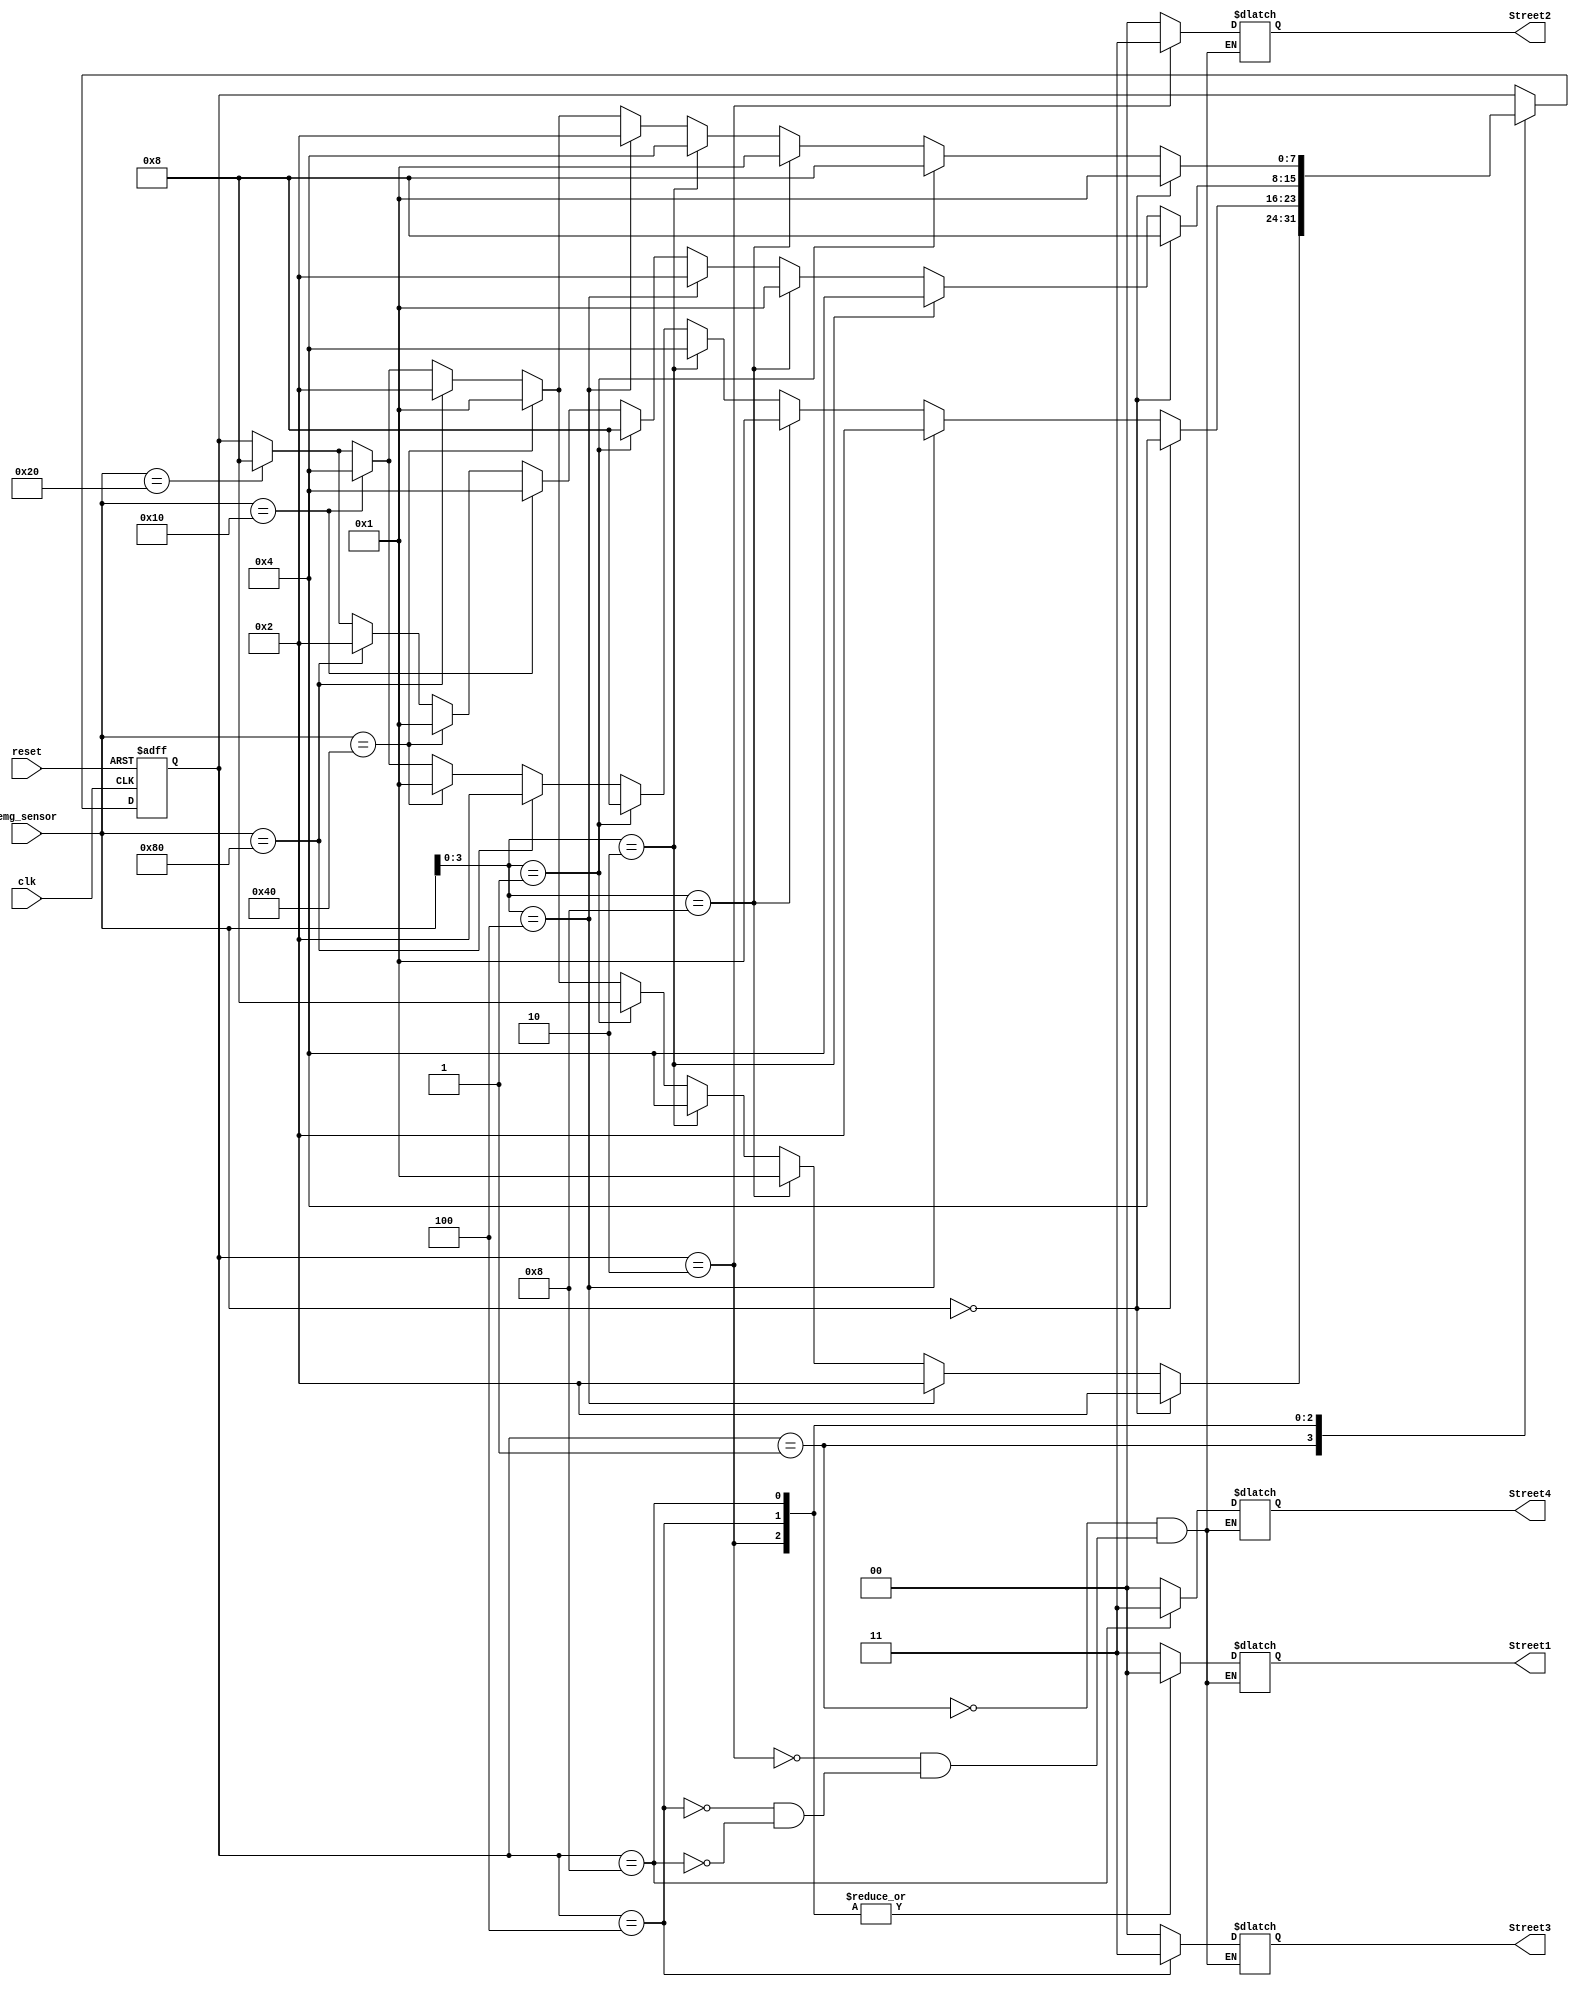
`timescale 1ns / 1ps


module traffic_lights(

    input clk,
    input reset,
    input [7:0] emg_sensor,
    output reg [1:0] Street1,
    output reg [1:0] Street2,
    output reg [1:0] Street3,
    output reg [1:0] Street4
    );

    reg [7:0] state;

    parameter
    s0 = 8'b00000001,
    s1 = 8'b00000010,
    s2 = 8'b00000100,
    s3 = 8'b00001000;


    always @(posedge clk or posedge reset)
    if(reset == 1) begin
    state <= s0; end

    else begin
    case(state)


	//normal traffic
    s0: if(emg_sensor == 8'b00000000) begin
        state <= s1; end

	//emergency priority
        else if(emg_sensor [3:0] == 4'b0100) begin
        state <= s1; end

        else if(emg_sensor [3:0] == 4'b1000) begin
        state <= s0; end

        else if(emg_sensor [3:0] == 4'b0010) begin
        state <= s2; end

         else if (emg_sensor [3:0] == 4'b0001) begin
         state <= s3; end


        //state s0 to s0
        else if(emg_sensor == 8'b01000000) begin
        state <= s0; end

        //state s0 to s1
        else if (emg_sensor == 8'b10000000) begin
        state <= s1; end

        //state s0 to s2
        else if( emg_sensor == 8'b00010000) begin
        state <= s2; end

        //state s0 to s3
        else if (emg_sensor == 8'b00100000) begin
        state <= s3; end


        //normal traffic
    s1:  if(emg_sensor == 8'b00000000) begin
        state <= s2; end

	//emergency priority
         else if(emg_sensor [3:0] == 4'b0100) begin
         state <= s1; end

         else if (emg_sensor [3:0] == 4'b1000) begin
         state <= s0;  end

        else if (emg_sensor [3:0] == 4'b0010) begin
        state <= s2; end

        else if(emg_sensor [3:0] == 4'b0001) begin
        state <= s3; end


        //state s1 to s1
        else if(emg_sensor == 8'b10000000) begin
        state <= s1; end

        //state s1 to s0
        else if (emg_sensor == 8'b01000000) begin
        state <= s0; end

        //state s1 to s2
        else if (emg_sensor == 8'b00010000) begin
        state <= s2; end

        //state s1 to s3
        else if (emg_sensor == 8'b00100000) begin
        state <= s3; end


           //normal traffic
    s2:    if(emg_sensor == 8'b00000000) begin
            state <= s3; end

    	   //emergency priority
           else if(emg_sensor [3:0] == 4'b0010) begin
           state <= s2; end

           else if (emg_sensor [3:0] == 4'b1000) begin
           state <= s0; end

           else if(emg_sensor [3:0] == 4'b0100) begin
           state <= s1; end

           else if(emg_sensor [3:0] == 4'b0001) begin
           state <= s3; end

            //state s2 to s2
            else if(emg_sensor == 8'b00010000) begin
            state <= s2; end

            //state s2 to s0
            else if (emg_sensor == 8'b01000000) begin
            state <= s0; end

            //state s2 to s1
            else if (emg_sensor == 8'b10000000) begin
            state <= s1; end

            //state s2 to s3
            else if (emg_sensor == 8'b00100000) begin
            state <= s3; end



            //normal traffic
       s3:  if(emg_sensor == 8'b00000000) begin
            state <= s0; end

	    //emergency priority
            else if(emg_sensor [3:0] == 4'b0001) begin
            state <= s3; end

            else if (emg_sensor [3:0] == 4'b1000) begin
            state <= s0; end

            else if (emg_sensor [3:0] == 4'b0010) begin
            state <= s2; end

            else if (emg_sensor [3:0] == 4'b0100) begin
            state <= s1; end


            //state s3 to s0
            else if (emg_sensor == 8'b01000000) begin
            state <= s0; end

            //state s3 to s1
            else if (emg_sensor == 8'b10000000) begin
            state <= s1; end

            //state s3 to s2
            else if (emg_sensor == 8'b00010000) begin
            state <= s2; end

            //state s3 to s3
            else if (emg_sensor == 8'b00100000) begin
            state <= s3; end


    endcase
    end

    always @ *
    begin
        case(state) //11 = green, 00 = red
        s0: begin Street1 <= 8'b11; Street2 <= 6'b00; Street3 <= 4'b00; Street4 <= 2'b00; end
        s1: begin Street1 <= 8'b00; Street2 <= 6'b11; Street3 <= 4'b00; Street4 <= 2'b00; end
        s2: begin Street1 <= 8'b00; Street2 <= 6'b00; Street3 <= 4'b11; Street4 <= 2'b00; end
        s3: begin Street1 <= 8'b00; Street2 <= 6'b00; Street3 <= 4'b00; Street4 <= 2'b11; end
        endcase
        end
endmodule


////////////////////////////////////////////////////////////////////////////////////////////////////////////////

`timescale 1ns / 1ps


module traffic_lights_tb();

    reg clk, reset;
    reg [7:0] emg_sensor;
    wire [1:0] Street1, Street2, Street3, Street4;

    traffic_lights uut(

        .clk(clk),
        .reset(reset),
        .emg_sensor(emg_sensor),
        .Street1(Street1),
        .Street2(Street2),
        .Street3(Street3),
        .Street4(Street4)
        );

        initial
            begin
                    clk = 0;
                    reset = 1;
                #1  reset = 0;


	        emg_sensor = 8'b00000000;
                #3  clk = 1;
                #1  clk = 0;

                emg_sensor = 8'b00000000;
                #1  clk = 1;
                #1  clk = 0;

                emg_sensor = 8'b00001000;
                #1  clk = 1;
                #1  clk = 0;

                emg_sensor = 8'b00000000;
                #1  clk = 1;
                #1  clk = 0;

                emg_sensor = 8'b01000000;
                #10  clk = 1;
                #1  clk = 0;


            #10 $stop;
            end
endmodule